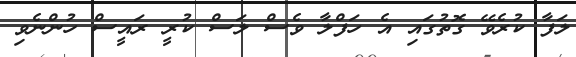
ލަފާ ކުރެވޭ ގޮތުގައި އެ ހަފްލާ ވެސް ލަސް ކުރީ ރައީސް ހުންނެވި